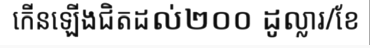
កើនឡើងជិតដល់២០០ ដូល្លារ/ខែ